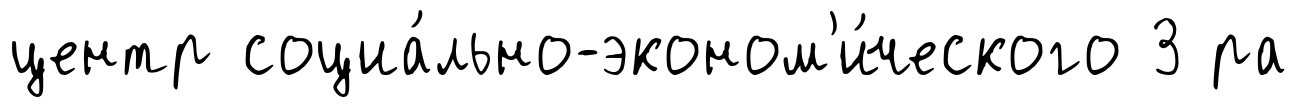
центр социа́льно-эконом'и́ческого 3 ра